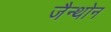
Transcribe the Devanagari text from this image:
जैन्थोन